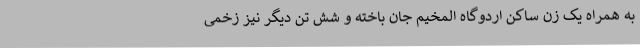
به همراه یک زن ساکن اردوگاه المخیم جان باخته و شش تن دیگر نیز زخمی